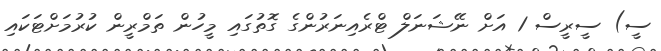
ސީ) ސީރީސް 1 އަށް ނޭޝަނަލް ޓްރެއިނަރުންގެ ގޮތުގައި މީހުން ތަމްރީން ކުރުމަށްޓަކައި